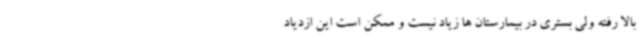
بالا رفته ولی بستری در بیمارستان ها زیاد نیست و ممکن است این ازدیاد